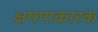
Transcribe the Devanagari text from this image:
क्षपणकारक